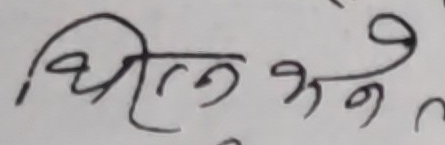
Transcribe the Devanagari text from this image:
थिए भने